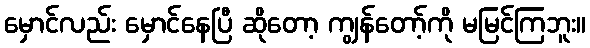
မှောင်လည်း မှောင်နေပြီ ဆိုတော့ ကျွန်တော့်ကို မမြင်ကြဘူး။